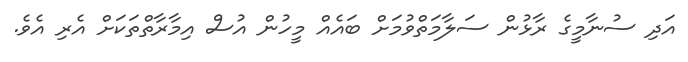
އަދި ސުނާމީގެ ރާޅުން ސަލާމަތްވުމަށް ބައެއް މީހުން އުސް އިމާރާތްތަކަށް އެރި އެވެ.